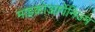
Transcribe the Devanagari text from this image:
माइक्रोआर्गेनिज्म